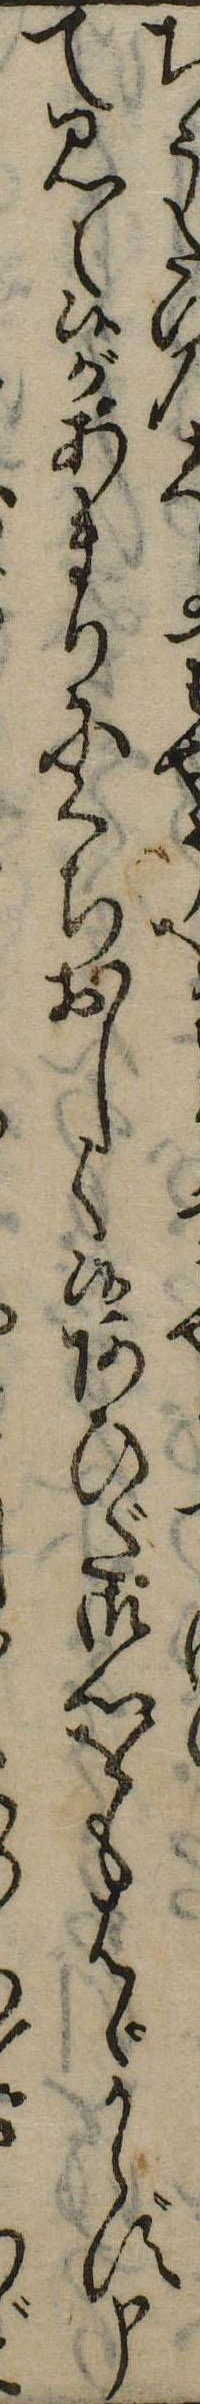
ぢうだいのりうをて見え候があまりにくちおしく候あひだ御心をもはゞからず申ど